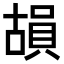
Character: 𮚍